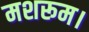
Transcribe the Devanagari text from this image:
मशरूम।